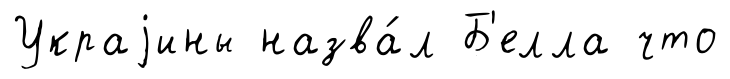
Украjины назва́л Б'елла что